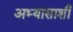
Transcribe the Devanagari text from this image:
अभ्यासाशी